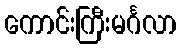
ကောင်းကြီးမင်္ဂလာ